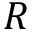
R